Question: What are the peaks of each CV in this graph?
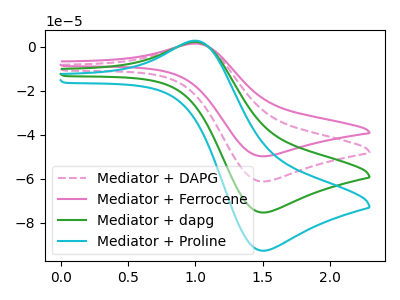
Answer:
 <answer>The pink dashed curve "Mediator + DAPG" has an anodic peak at (1.00V, 1.85uA) and a cathodic peak at (1.50V, -61.25uA). The pink curve "Mediator + Ferrocene" has an anodic peak at (1.00V, 1.50uA) and a cathodic peak at (1.50V, -49.75uA). The green curve "Mediator + dapg" has an anodic peak at (1.00V, 3.75uA) and a cathodic peak at (1.50V, -122.50uA). The cyan curve "Mediator + Proline" has an anodic peak at (1.00V, 5.60uA) and a cathodic peak at (1.50V, -183.75uA).</answer>
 <eval></eval>